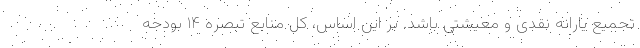
تجمیع یارانه نقدی و معیشتی باشد. بر این اساس، کل منابع تبصره ۱۴ بودجه